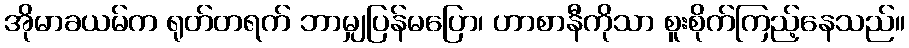
အိုမာခယမ်က ရုတ်တရက် ဘာမျှပြန်မပြော၊ ဟာစာနီကိုသာ စူးစိုက်ကြည့်နေသည်။